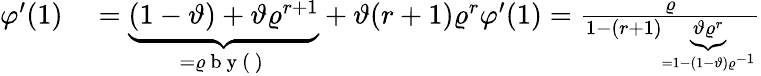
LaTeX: \begin{array}{rl}{\varphi^{\prime}(1)}&{{}=\underbrace{(1-\vartheta)+\vartheta\varrho^{r+1}}_{=\varrho\mathrm{~b~y~(~)~}}+\vartheta(r+1)\varrho^{r}\varphi^{\prime}(1)=\frac{\varrho}{1-(r+1)\underbrace{\vartheta\varrho^{r}}_{=1-(1-\vartheta)\varrho^{-1}}}}\end{array}